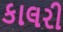
કાલરી